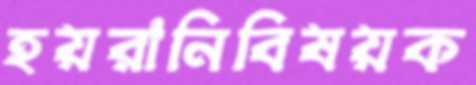
হয়রানিবিষয়ক